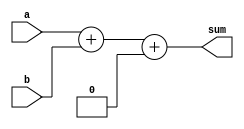
module FA_32bit (a, b, sum);	

input [31:0]a, b;
reg cin = 1'b0;										
output reg [31:0]sum;									
reg cout;

always@(*)												
begin

	{cout, sum} = a + b + cin; 					
	
end														

endmodule